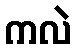
ကလဲ